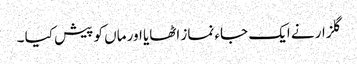
گلزار نے ایک جاء نماز اٹھایا اور ماں کو پیش کیا ۔